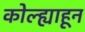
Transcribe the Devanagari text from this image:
कोल्ह्याहून